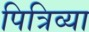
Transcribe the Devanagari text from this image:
पित्रिव्या